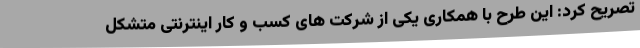
تصریح کرد: این طرح با همکاری یکی از شرکت های کسب و کار اینترنتی متشکل